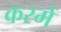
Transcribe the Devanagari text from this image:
कस्में